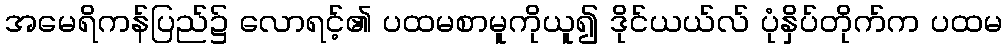
အမေရိကန်ပြည်၌ လောရင့်၏ ပထမစာမူကိုယူ၍ ဒိုင်ယယ်လ် ပုံနှိပ်တိုက်က ပထမ